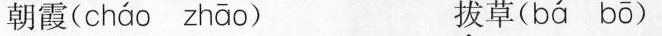
朝霞( cháo zhāo ) 拔草( bá bō )